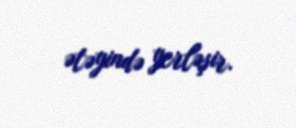
ətəyində yerləşir.